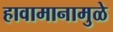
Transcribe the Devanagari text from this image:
हावामानामुळे